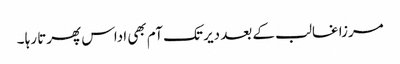
مرزا غالب کے بعد دیر تک آم بھی اداس پھرتا رہا ۔